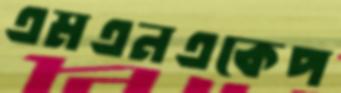
এমএনএকেপ